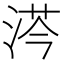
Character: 𣷏